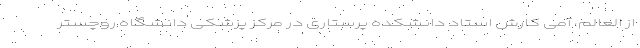
از العالم، آمی کارش استاد دانشکده پرستاری در مرکز پزشکی دانشگاه روچستر